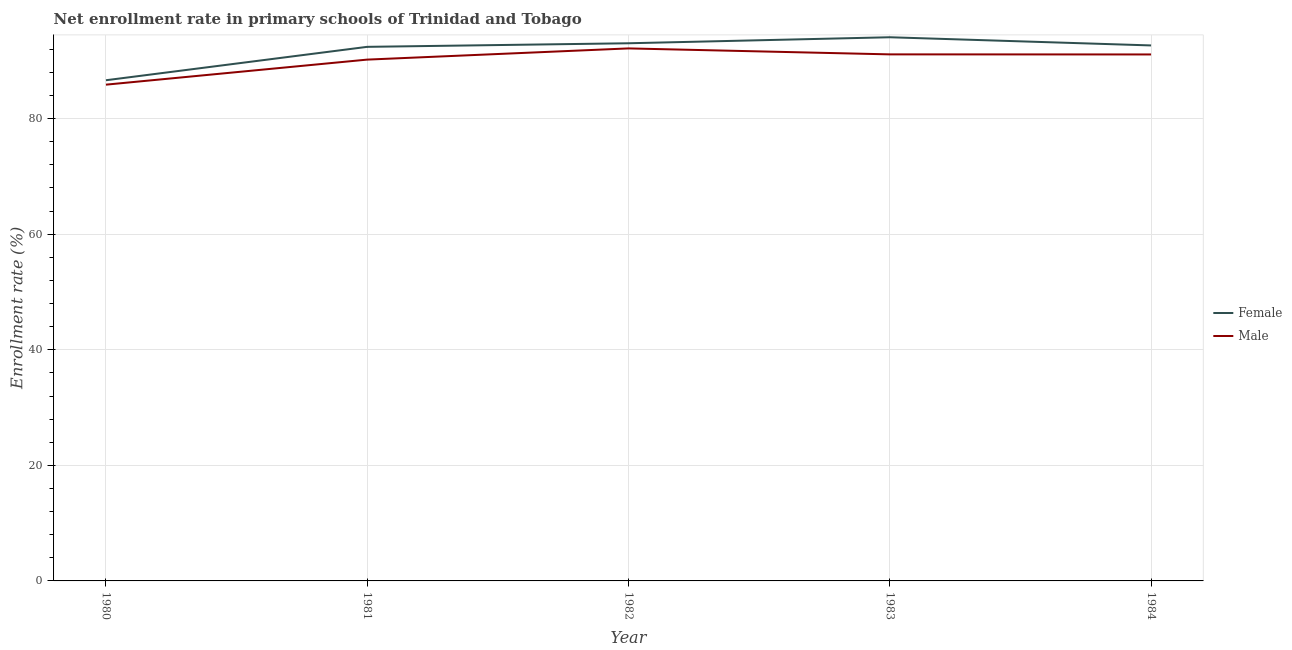
| Year | Female | Male |
 | --- | --- | --- |
 | 1980 | 86.6 | 85.9 |
 | 1981 | 92.4 | 90.2 |
 | 1982 | 93 | 92.2 |
 | 1983 | 94.1 | 91.1 |
 | 1984 | 92.7 | 91.1 |